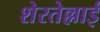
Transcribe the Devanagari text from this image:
शेरतेल्लाई